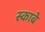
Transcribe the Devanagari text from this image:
स्काबे